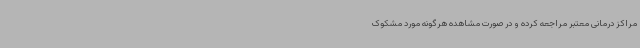
مراکز درمانی معتبر مراجعه کرده و در صورت مشاهده هرگونه مورد مشکوک